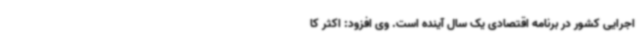
اجرایی کشور در برنامه اقتصادی یک سال آینده است. وی افزود: اکثر کا